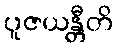
ပူဇယန္တီတိ